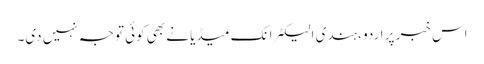
اس خبر پر اردو ،ہندی الیکٹرانک میڈیا نے بھی کوئی توجہ نہیں دی۔